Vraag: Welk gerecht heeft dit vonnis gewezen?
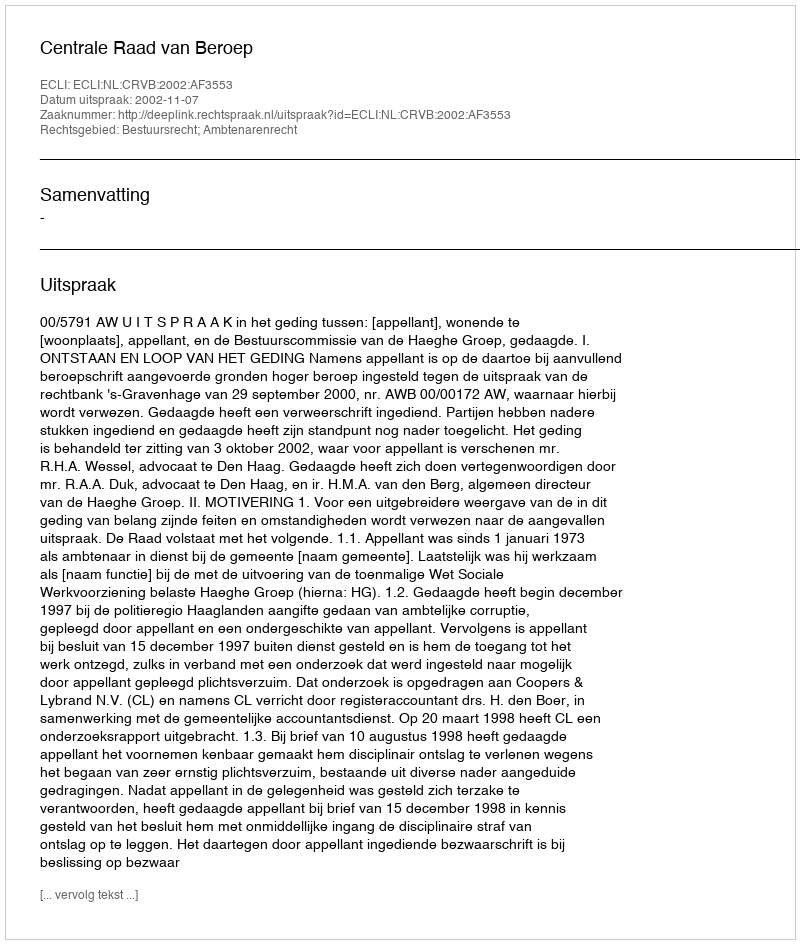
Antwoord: Centrale Raad van Beroep